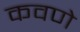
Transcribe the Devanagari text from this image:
कवणे